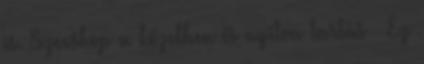
is. Szexshop a közelben és nyitva tartás – Ez